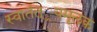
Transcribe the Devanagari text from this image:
स्वातंत््रयमूलक